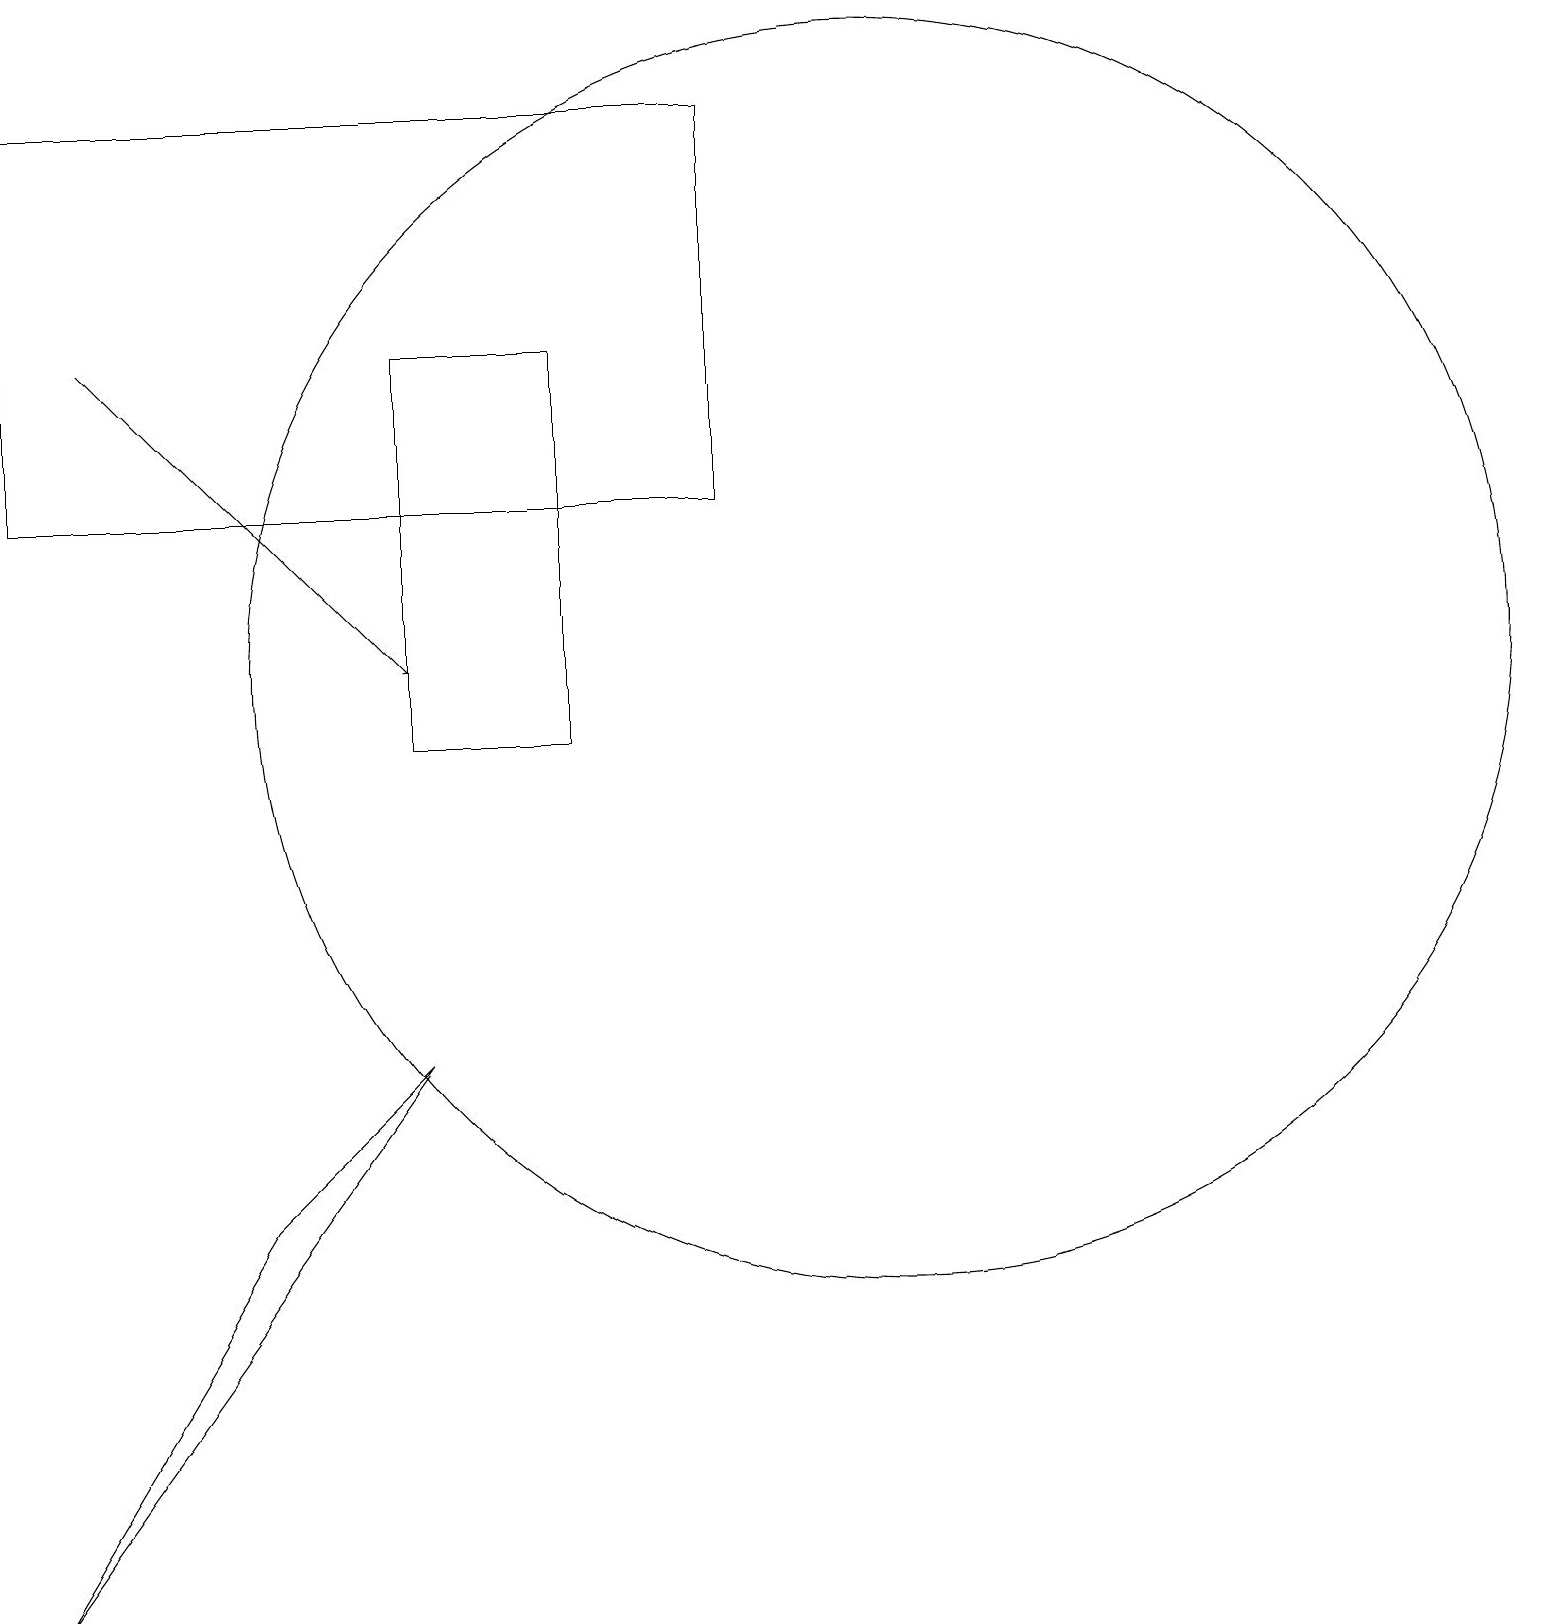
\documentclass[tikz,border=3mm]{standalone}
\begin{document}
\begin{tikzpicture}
\draw[->] (1,16) -- (5,12);
\draw (11,12) circle (8);
\draw (0,19) rectangle (9,14);
\draw (0,0) -- (3,5) -- (5,7) -- cycle;
\draw (7,11) rectangle (5,16);
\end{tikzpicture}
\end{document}